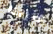
قاربنا